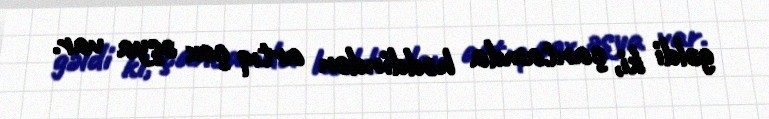
gəldi ki, çantamda həddindən artıq çox əşya var.